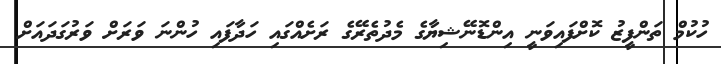
ހުކުމް ތަންފީޒު ކޮށްފައިވަނީ އިންޑޮނޭޝިޔާގެ މެދުތެރޭގެ ރަށެއްގައި ހަދާފައި ހުންނަ ވަރަށް ވަރުގަދައަށް